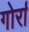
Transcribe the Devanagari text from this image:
गोर्रा